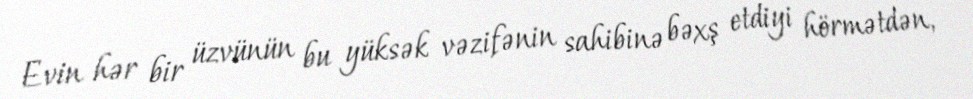
Evin hər bir üzvünün bu yüksək vəzifənin sahibinə bəxş etdiyi hörmətdən,